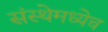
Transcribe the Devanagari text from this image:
संस्थेमध्येच